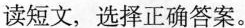
读短文,选择正确答案。